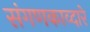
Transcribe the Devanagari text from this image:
संगणकाव्दारे